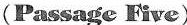
(Passage Five)